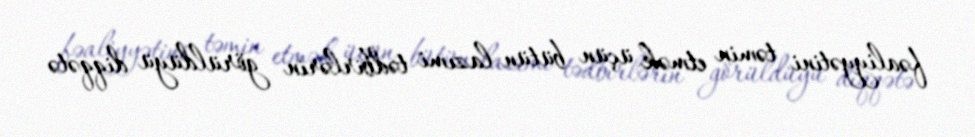
fəaliyyətini təmin etmək üçün bütün lazımi tədbirlərin görüldüyü diqqətə